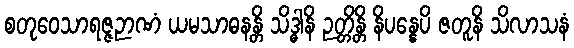
စတုဝေသာရဇ္ဇဉာဏံ ယမသာဓနန္တိ သိဒ္ဓါနိ ဉတ္တိန္တိ နိပန္နေပိ ဇတူနိ သိလာသနံ